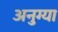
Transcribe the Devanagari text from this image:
अनुग्या